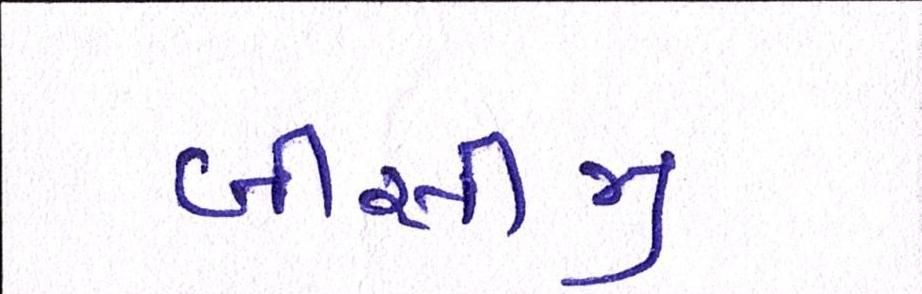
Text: બીસીજી